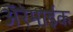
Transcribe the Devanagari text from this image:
अॅरेमाईक